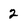
Character: 2